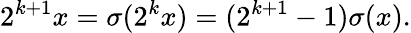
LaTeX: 2^{k+1}x=\sigma(2^{k}x)=(2^{k+1}-1)\sigma(x).